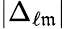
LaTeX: |\Delta_{\ell\mathfrak{m}}|